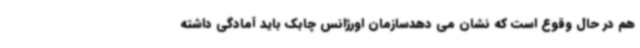
هم در حال وقوع است که نشان می دهدسازمان اورژانس چابک باید آمادگی داشته